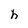
Character: h